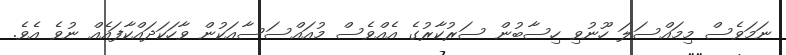
ނަމަވެސް މިމައްސަލަ ހޫނުވި ހިސާބުން ސަރުކާރުގެ އެއްވެސް މުއައްސަސާއަކުން ވާހަކަދައްކާފައެއް ނުވެ އެވެ.